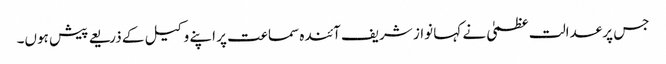
جس پر عدالت عظمیٰ نے کہا نواز شریف آئندہ سماعت پر اپنے وکیل کے ذریعے پیش ہوں۔